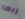
ربما